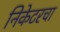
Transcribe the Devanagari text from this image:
निकेटरचा